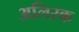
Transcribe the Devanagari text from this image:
अलिरक